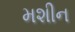
મશીન